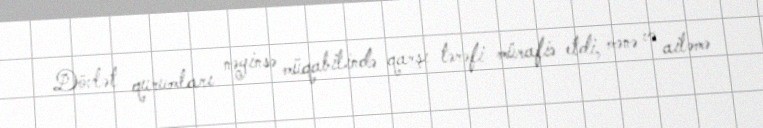
Dövlət qurumları nəyinsə müqabilində qarşı tərəfi mürafiə etdi, mənə və ailəmə